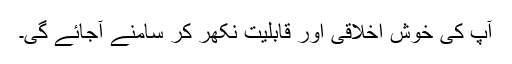
آپ کی خوش اخلاقی اور قابلیت نکھر کر سامنے آجائے گی۔